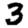
Digit: 3